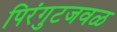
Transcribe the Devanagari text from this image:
पिरंगुटजवळ